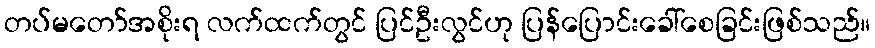
တပ်မတော်အစိုးရ လက်ထက်တွင် ပြင်ဦးလွင်ဟု ပြန်ပြောင်းခေါ်စေခြင်းဖြစ်သည်။